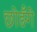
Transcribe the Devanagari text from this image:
छोङँगे